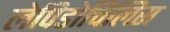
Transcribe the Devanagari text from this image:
लेपिडोचिलिस